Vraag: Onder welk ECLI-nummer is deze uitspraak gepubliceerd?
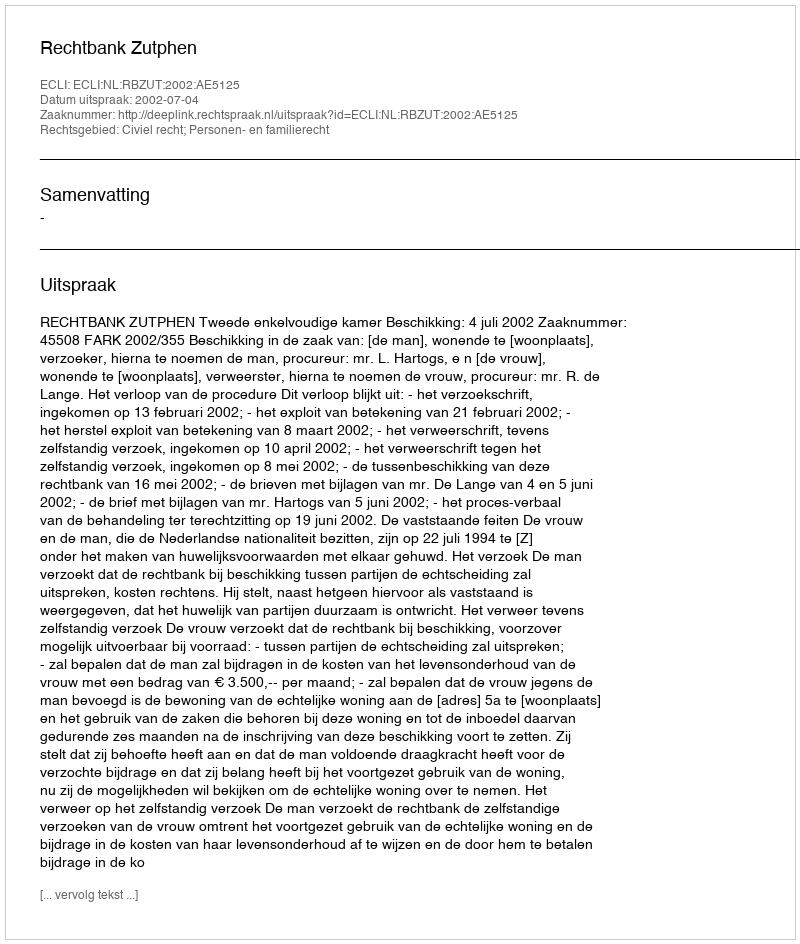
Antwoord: ECLI:NL:RBZUT:2002:AE5125